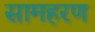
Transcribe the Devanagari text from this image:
सामहरण